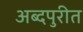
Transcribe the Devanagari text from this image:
अब्दपुरीत